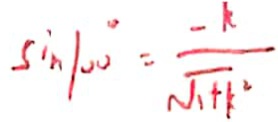
\sin 1 0 0 ^ { \circ } = \frac { - k } { \sqrt { 1 + 1 } ^ { 2 } }